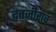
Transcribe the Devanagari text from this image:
दत्तजीराव